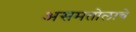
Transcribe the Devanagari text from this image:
असमतोलाचे